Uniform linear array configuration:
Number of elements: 8
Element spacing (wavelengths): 0.25
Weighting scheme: exponential
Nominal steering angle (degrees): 30
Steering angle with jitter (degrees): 31.531
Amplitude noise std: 0.05
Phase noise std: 0.05

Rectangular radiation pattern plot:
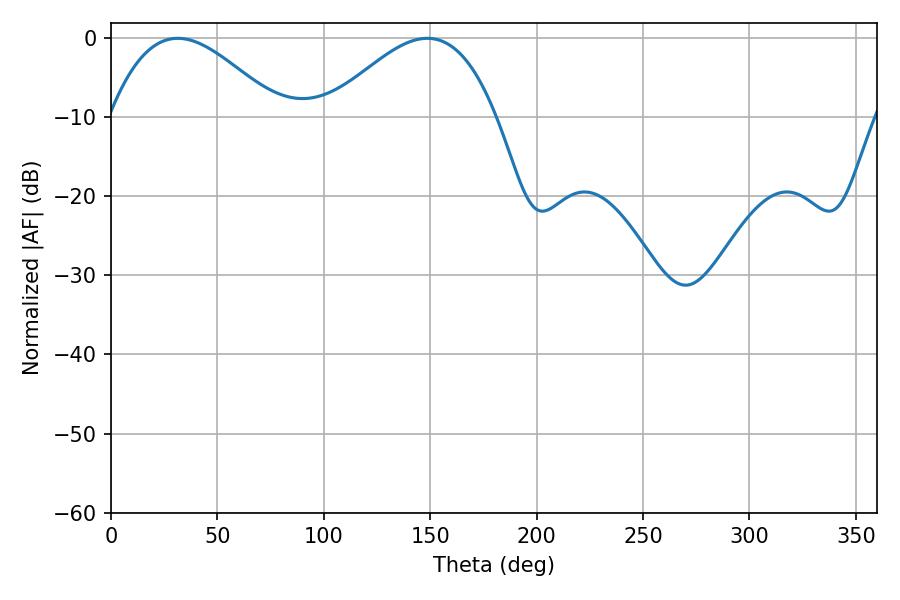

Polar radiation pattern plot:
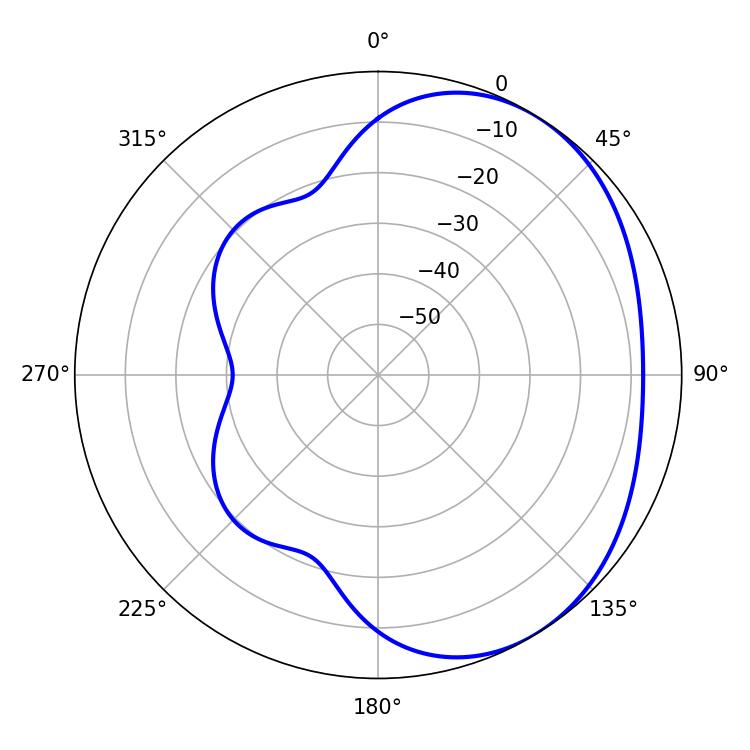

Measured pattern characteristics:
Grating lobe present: FALSE
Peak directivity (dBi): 3.182
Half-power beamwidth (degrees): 43.02
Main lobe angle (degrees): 31.32